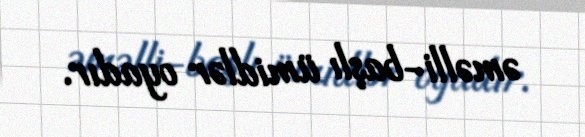
əməlli-başlı ümidlər oyadır.